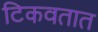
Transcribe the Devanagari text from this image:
टिकवतात